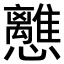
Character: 𢥗